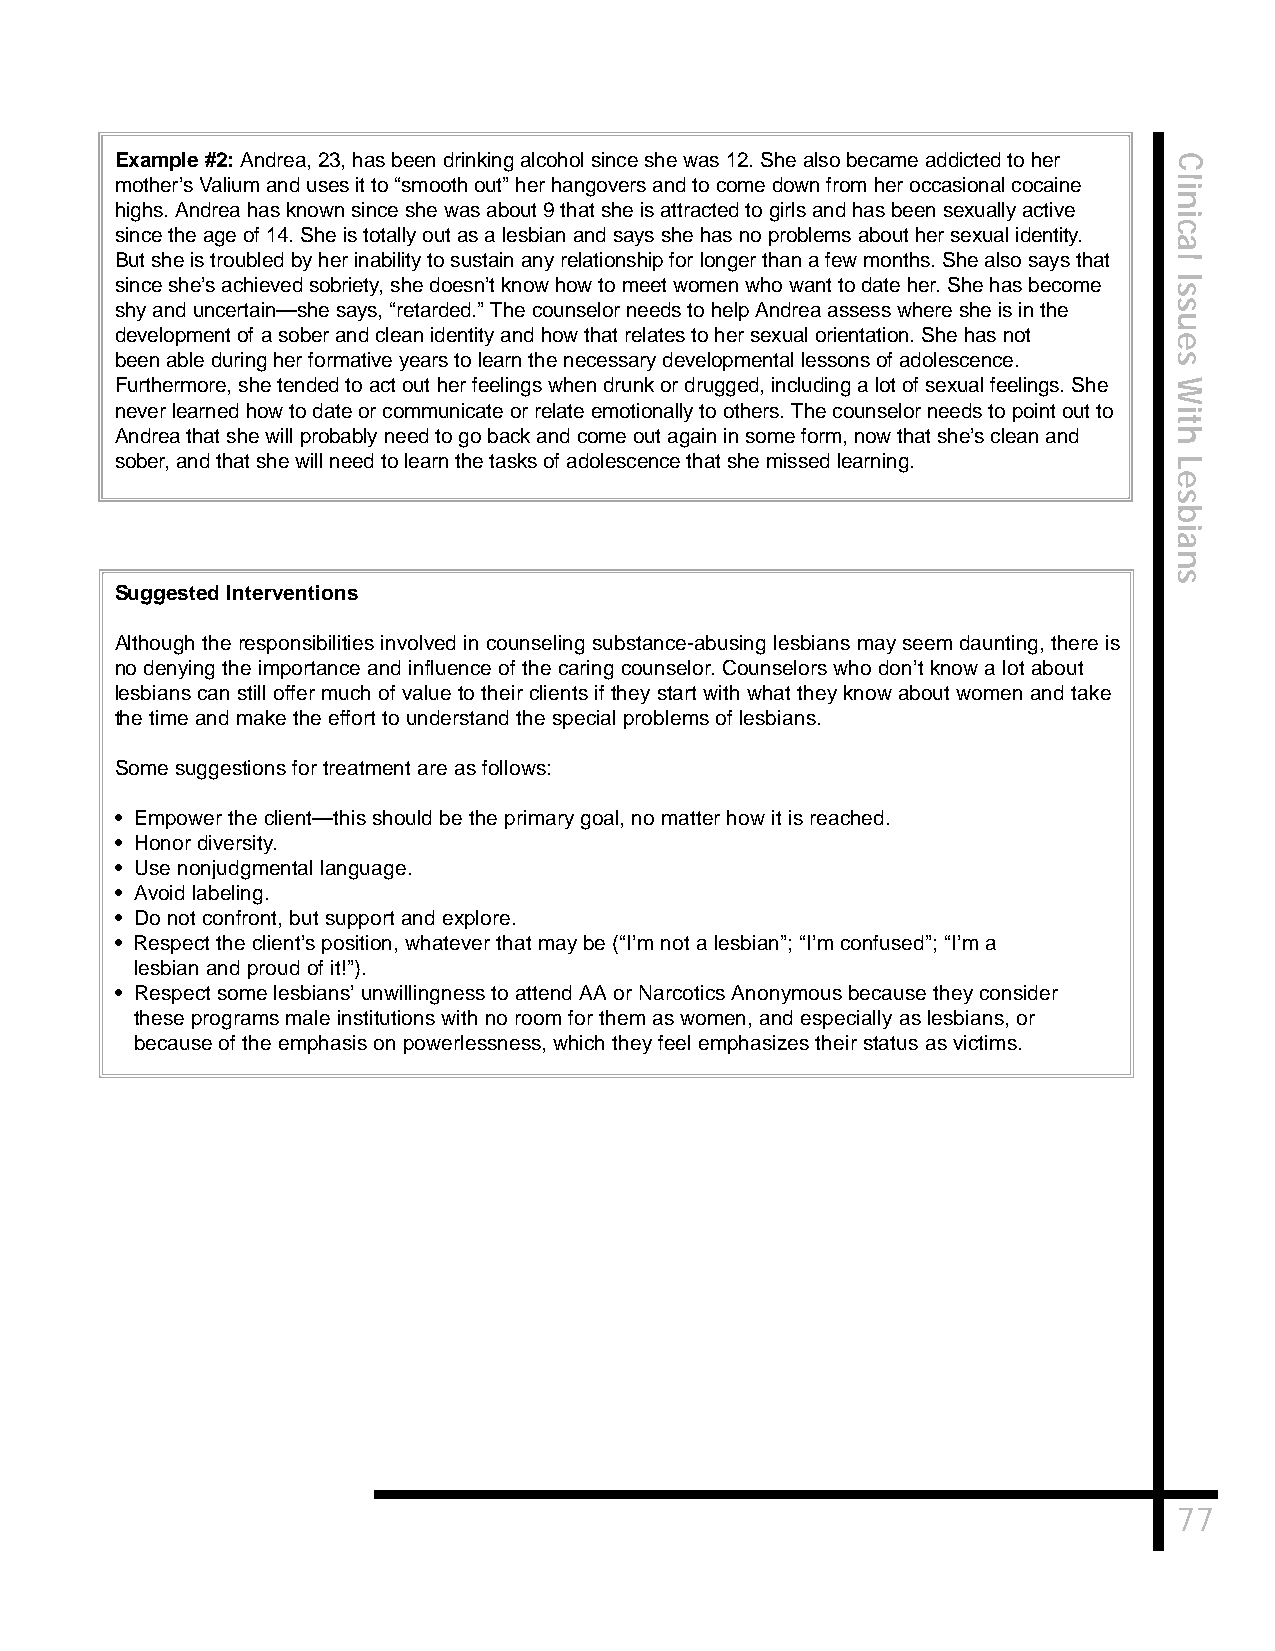
Example #2:Andrea, 23, has been drinking alcohol since she was 12. She also became addicted to her C
 mother’s Valium and uses it to “smooth out” her hangovers and to come down from her occasional cocaine il
 n
 highs. Andrea has known since she was about 9 that she is attracted to girls and has been sexually active
 i
 c
 since the age of 14. She is totally out as a lesbian and says she has no problems about her sexual identity.
 a
 But she is troubled by her inability to sustain any relationship for longer than a few months. She also says that l
 since she’s achieved sobriety, she doesn’t know how to meet women who want to date her. She has become I
 s
 shy and uncertain—she says, “retarded.” The counselor needs to help Andrea assess where she is in the s
 u
 development of a sober and clean identity and how that relates to her sexual orientation. She has not e
 been able during her formative years to learn the necessary developmental lessons of adolescence. s
 Furthermore, she tended to act out her feelings when drunk or drugged, including a lot of sexual feelings. She W
 never learned how to date or communicate or relate emotionally to others. The counselor needs to point out to i
 t
 Andrea that she will probably need to go back and come out again in some form, now that she’s clean and h
 sober, and that she will need to learn the tasks of adolescence that she missed learning. L
 e
 s
 b
 i
 a
 n
 s
 Suggested Interventions
 Although the responsibilities involved in counseling substance-abusing lesbians may seem daunting, there is
 no denying the importance and influence of the caring counselor. Counselors who don’t know a lot about
 lesbians can still offer much of value to their clients if they start with what they know about women and take
 the time and make the effort to understand the special problems of lesbians.
 Some suggestions for treatment are as follows:
 • Empower the client—this should be the primary goal, no matter how it is reached.
 • Honor diversity.
 • Use nonjudgmental language.
 • Avoid labeling.
 • Do not confront, but support and explore.
 • Respect the client’s position, whatever that may be (“I’m not a lesbian”; “I’m confused”; “I’m a
 lesbian and proud of it!”).
 • Respect some lesbians’ unwillingness to attend AA or Narcotics Anonymous because they consider
 these programs male institutions with no room for them as women, and especially as lesbians, or
 because of the emphasis on powerlessness, which they feel emphasizes their status as victims.
 77